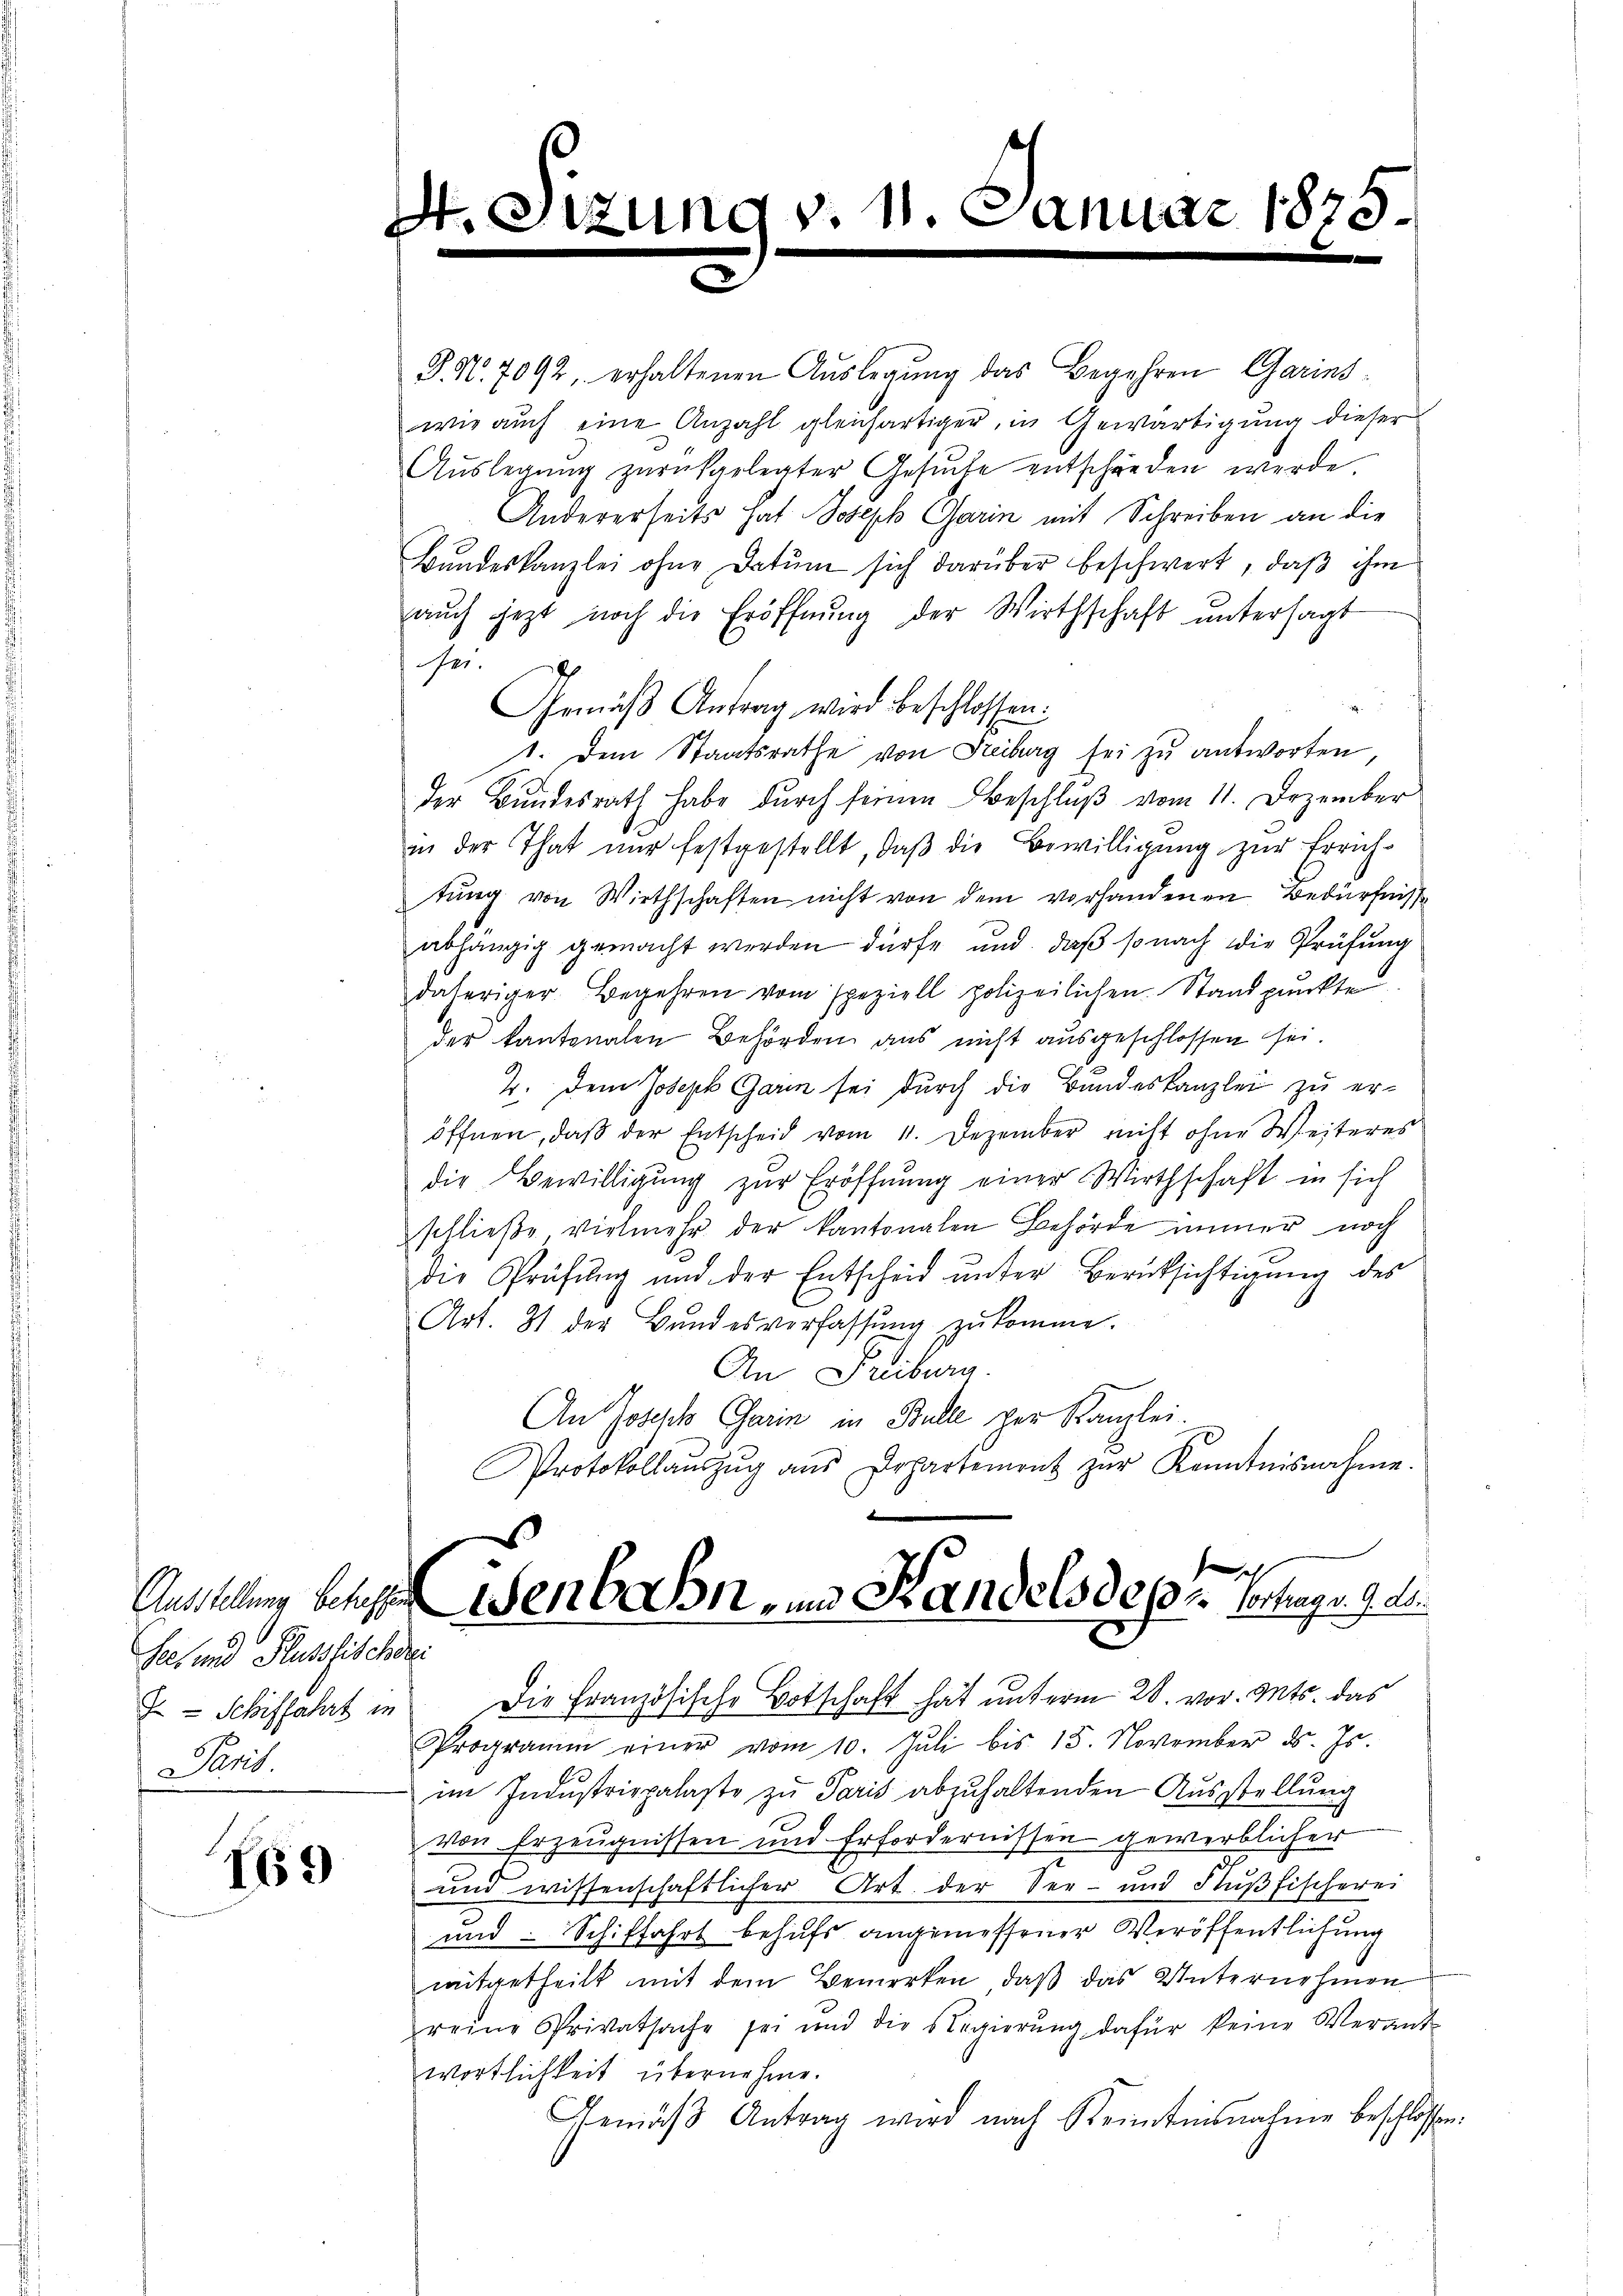
Set und Flusstischeri
x Schiffahrt in
Paris.

769

. Si

Un

7 d. 11. Januar 1875.

P. Nr. 7092, erhaltenen Auslegung das Begehren Garinswie aŭch eine Anzahl gleichartiger, in Gewärtigung dieser
Aŭslegŭng zurückgelegter Gesŭche entschieden werde.
Andererseits hat Joseph Garin mit Schreiben an die
Bundeskanzlei ohne Datum sich darüber beschwert, daß ihm
aŭch jezt noch die Eröffnŭng der Wirthschaft untersagt
se
Gemäβ Antrag wird beschlossen:
1. Dem Staatsrathe von Freiberg sei zu antworten,
der Bundesrath habe durch seinen Beschluß vom 11. Dezember
in der That nur festgestellt, daß die Bewilligung zur Errichtŭng von Wirthschaften nicht von dem vorhandenen Bedürfnisse
abhängig gemacht werden dürfe und daß so nach die Prüfung
daheriger Begehren vom speziell polizeilichen Standpunkte
der kantonalen Behörden aus nicht ausgeschlossen sei.
2. Dem Joseph Garin sei durch die Bundeskanzlei zu eröffnen, daß der Entscheid vom 11. Dezember nicht ohne Weiteres
die Bewilligung zur Eröffnung einer Wirthschaft in sich
schließe vielmehr der kantonalen Behörde immer noch
die Prüfung und der Entscheid unter Berücksichtigung des
Art. 31 der Bŭndesverfassŭng zukomme.
An Freiburg.
An Joseph Carin in Bulle der Kanzlei.
Protokollaŭszŭg aŭs Departement zŭr Kenntnisnahme.

e
Ausstellung behagen iden Bahn- und Kandels des Vortrags 9. d.

Die Französische Botschaft hat unterm 28. vor. Mts. das
Programm einer vom 10. Jŭli bis 15. November d. Js.
im Indŭstrippalaste zŭ Paris abzuhaltenden Ausstellung
von Erzeugnissen und Erfordernissen gewerblicher
3
und wissenschaftlicher Art. der Ser- und Flußfischerei
und Schiffahrt behufs angemessener Veröffentlichung
mitgetheilt mit dem Bemerken, daß das Unternehmen
reine Privatsache sei und die Regierŭng dafür keine Verant-
wortlichkeit übernehme.
Gemäβ Antrag wird nach Steintensnahme beschlossen: